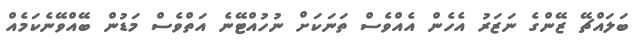
ބަލައްޗޭ ޒޭންގެ ނަޒަރު އެހެން އެއްވެސް ތަނަކަށް ނުހުއްޓޭނެ އަތްވެސް މަޑުން ބޭއްވޭނެކަމެއް